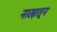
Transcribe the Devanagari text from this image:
नाट्यातून